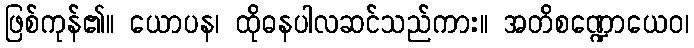
ဖြစ်ကုန်၏။ ယောပန၊ ထိုဓနပါလဆင်သည်ကား။ အတိစဏ္ဍောယေဝ၊